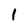
Character: 1